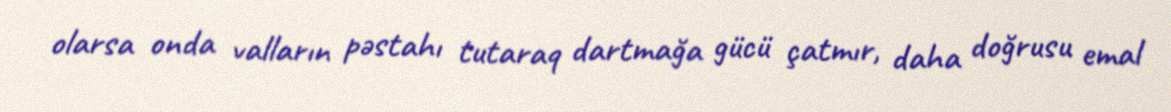
olarsa onda valların pəstahı tutaraq dartmağa gücü çatmır, daha doğrusu emal